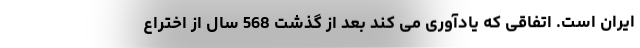
ایران است. اتفاقی که یادآوری می کند بعد از گذشت 568 سال از اختراع